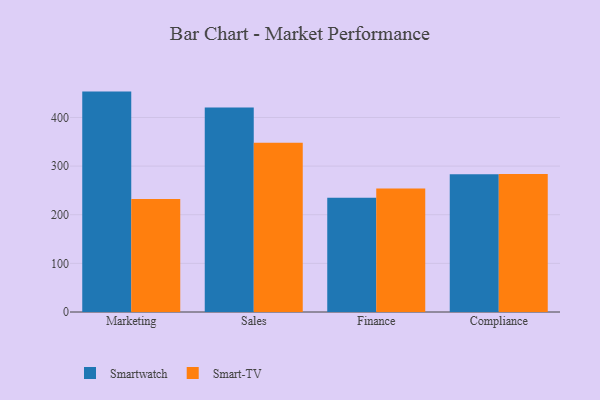
{"axis": {"x": "Department", "y": "Budget (USD K)"}, "legend": ["Smart-TV", "Smartwatch"], "data": [{"x": "Marketing", "y": 453.2, "type": "Smartwatch"}, {"x": "Marketing", "y": 232.5, "type": "Smart-TV"}, {"x": "Sales", "y": 420.6, "type": "Smartwatch"}, {"x": "Sales", "y": 348.1, "type": "Smart-TV"}, {"x": "Finance", "y": 234.8, "type": "Smartwatch"}, {"x": "Finance", "y": 253.9, "type": "Smart-TV"}, {"x": "Compliance", "y": 283.0, "type": "Smartwatch"}, {"x": "Compliance", "y": 284.0, "type": "Smart-TV"}]}